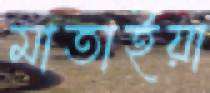
মাতাইয়া